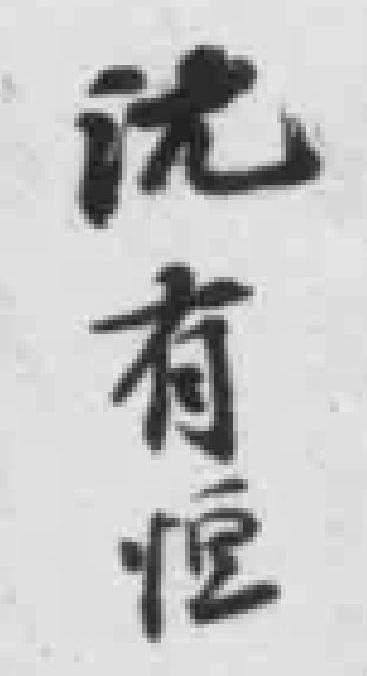
沈有恒